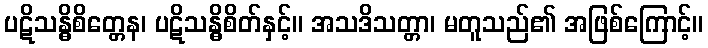
ပဋိသန္ဓိစိတ္တေန၊ ပဋိသန္ဓိစိတ်နှင့်။ အသဒိသတ္တာ၊ မတူသည်၏ အဖြစ်ကြောင့်။